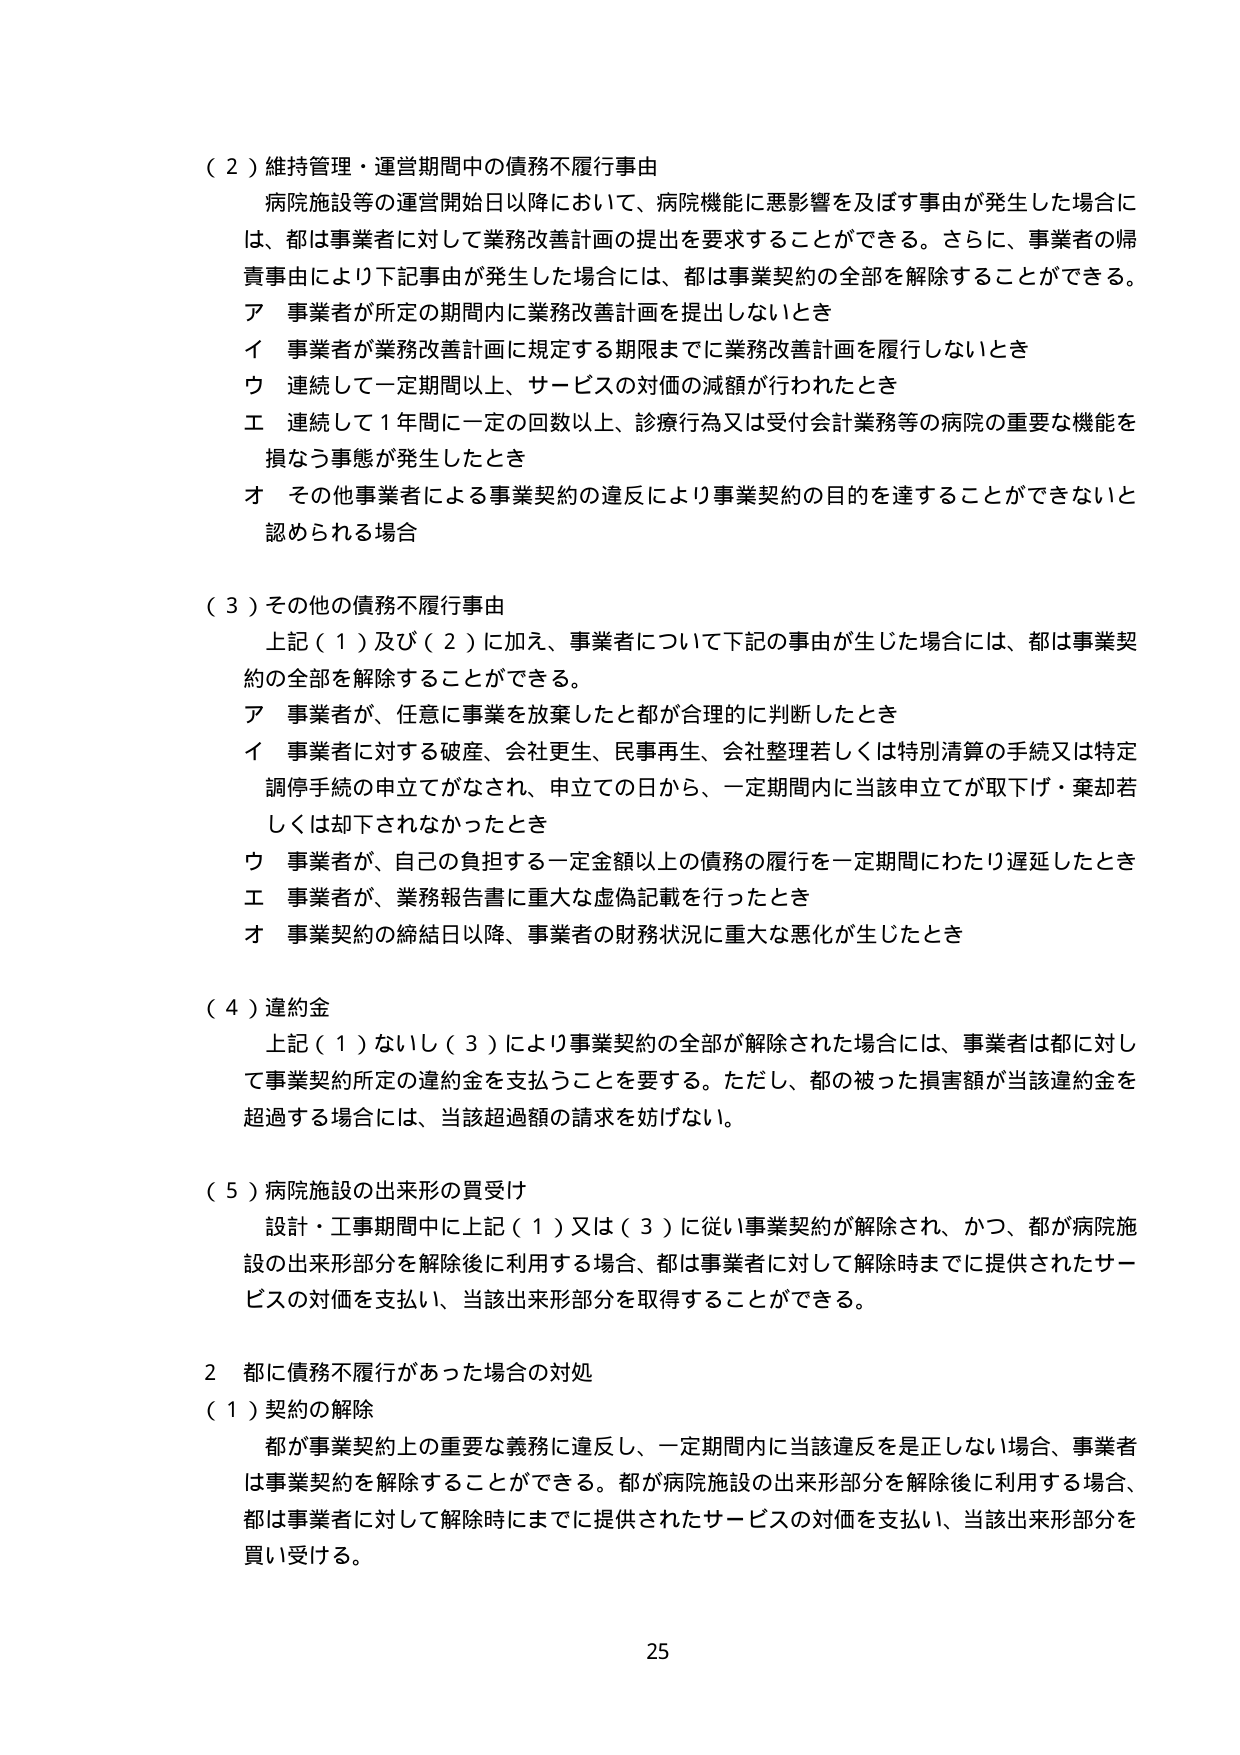
（２）維持管理・運営期間中の債務不履行事由
病院施設等の運営開始日以降において、病院機能に悪影響を及ぼす事由が発生した場合には、都は事業者に対して業務改善計画の提出を要求することができる。さらに、事業者の帰責事由により下記事由が発生した場合には、都は事業契約の全部を解除することができる。
ア 事業者が所定の期間内に業務改善計画を提出しないとき
イ 事業者が業務改善計画に規定する期限までに業務改善計画を履行しないとき
ウ 連続して一定期間以上、サービスの対価の減額が行われたとき
エ 連続して１年間に一定の回数以上、診療行為又は受付会計業務等の病院の重要な機能を損なう事態が発生したとき
オ その他事業者による事業契約の違反により事業契約の目的を達することができないと認められる場合

（３）その他の債務不履行事由
上記（１）及び（２）に加え、事業者について下記の事由が生じた場合には、都は事業契約の全部を解除することができる。
ア 事業者が、任意に事業を放棄したと都が合理的に判断したとき
イ 事業者に対する破産、会社更生、民事再生、会社整理若しくは特別清算の手続又は特定調停手続の申立てがなされ、申立ての日から、一定期間内に当該申立てが取下げ・棄却若しくは却下されなかったとき
ウ 事業者が、自己の負担する一定金額以上の債務の履行を一定期間にわたり遅延したとき
エ 事業者が、業務報告書に重大な虚偽記載を行ったとき
オ 事業契約の締結日以降、事業者の財務状況に重大な悪化が生じたとき

（４）違約金
上記（１）ないし（３）により事業契約の全部が解除された場合には、事業者は都に対して事業契約所定の違約金を支払うことを要する。ただし、都の被った損害額が当該違約金を超過する場合には、当該超過額の請求を妨げない。

（５）病院施設の出来形の買受け
設計・工事期間中に上記（１）又は（３）に従い事業契約が解除され、かつ、都が病院施設の出来形部分を解除後に利用する場合、都は事業者に対して解除時までに提供されたサービスの対価を支払い、当該出来形部分を取得することができる。

２ 都に債務不履行があった場合の対処
（１）契約の解除
都が事業契約上の重要な義務に違反し、一定期間内に当該違反を是正しない場合、事業者は事業契約を解除することができる。都が病院施設の出来形部分を解除後に利用する場合、都は事業者に対して解除時までに提供されたサービスの対価を支払い、当該出来形部分を買い受ける。

25